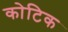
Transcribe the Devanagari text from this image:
कोटिक